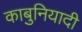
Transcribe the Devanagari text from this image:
काबुनियादी